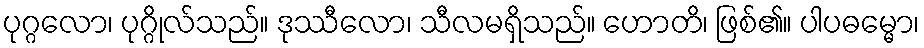
ပုဂ္ဂလော၊ ပုဂ္ဂိုလ်သည်။ ဒုဿီလော၊ သီလမရှိသည်။ ဟောတိ၊ ဖြစ်၏။ ပါပဓမ္မော၊